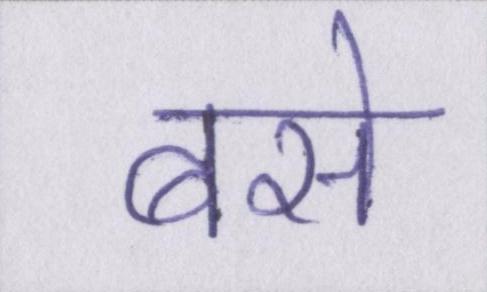
बसे